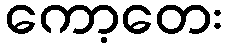
ကော့တေး